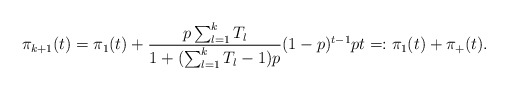
\begin{align*}\pi_{k+1}(t)=\pi_{1}(t) + \frac{ p\sum_{l=1}^kT_l}{1+(\sum_{l=1}^kT_l-1)p}(1-p)^{t-1}pt=:\pi_{1}(t) + \pi_+(t).\end{align*}